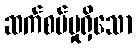
ဆက်စပ်မှုရှိသော